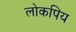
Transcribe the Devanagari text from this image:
लोकपिय